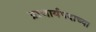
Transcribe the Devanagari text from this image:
प्राचार्यपदाच्या